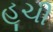
હૂચી